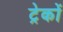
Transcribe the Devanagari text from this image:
ट्रेकों